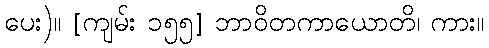
ပေး)။ [ကျမ်း ၁၅၅] ဘာဝိတကာယောတိ၊ ကား။